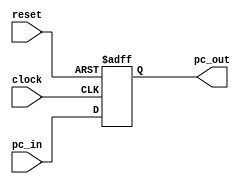
`timescale 1ns / 1ps

module PROGRAM_COUNTER( 
   input             clock, 
   input             reset,
   input      [31:0] pc_in, 
   output reg [31:0] pc_out 
   );

   always@( posedge clock, posedge reset ) begin
      if( reset ) pc_out <= 32'b0; 
      else        pc_out <= pc_in;
   end

endmodule